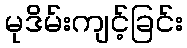
မုဒိမ်းကျင့်ခြင်း